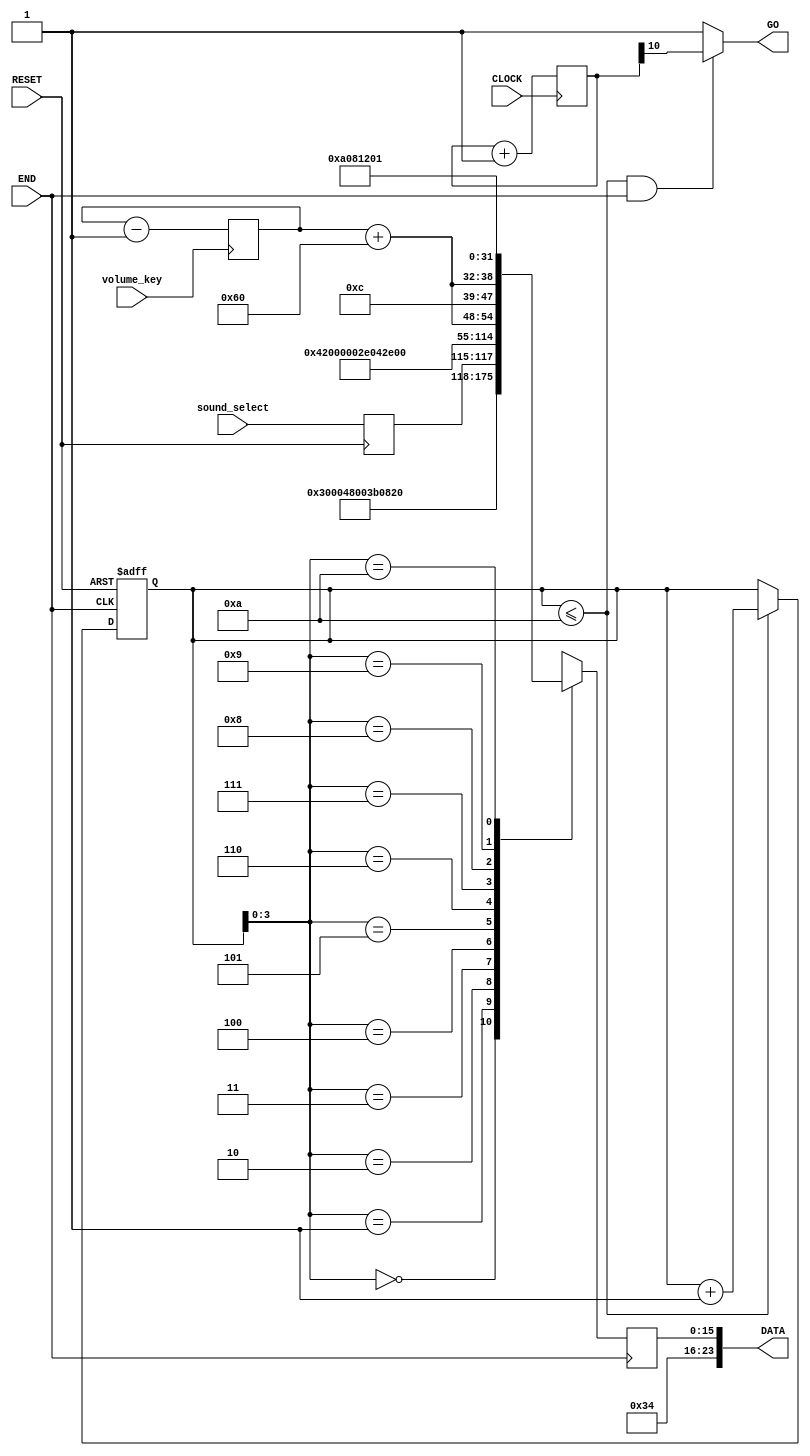
// ============================================================================
// Copyright (c) 2012 by Terasic Technologies Inc.
// ============================================================================
//
// Permission:
//
//   Terasic grants permission to use and modify this code for use
//   in synthesis for all Terasic Development Boards and Altrea Development 
//   Kits made by Terasic.  Other use of this code, including the selling 
//   ,duplication, or modification of any portion is strictly prohibited.
//
// Disclaimer:
//
//   This VHDL or Verilog source code is intended as a design reference
//   which illustrates how these types of functions can be implemented.
//   It is the user's responsibility to verify their design for
//   consistency and functionality through the use of formal
//   verification methods.  Terasic provides no warranty regarding the use 
//   or functionality of this code.
//
// ============================================================================
//           
//  Terasic Technologies Inc
//  9F., No.176, Sec.2, Gongdao 5th Rd, East Dist, Hsinchu City, 30070. Taiwan
//
//
//
//                     web: http://www.terasic.com/
//
// ============================================================================
//
// Major Functions: I2C output data
//
// ============================================================================
//
// Revision History :
// ============================================================================
//   Ver  :| Author             :| Mod. Date :| Changes Made:
//   V1.0 :| Allen Wang         :| 03/24/10  :| Initial Revision
// ============================================================================
`define rom_size 6'd10

module reg_config
(
	input   CLOCK,
	// input CLOCK_500,
	input   END,
	input   RESET,
  input   volume_key,
	input   [2:0]sound_select,
	output wire GO,
	output wire [23:0]DATA
	// CLOCK_2
);

//=======================================================
//  PORT declarations
//=======================================================                


	reg  	[10:0]	COUNTER_500;
	reg  	[15:0]	ROM[`rom_size:0];
	reg  	[15:0]	DATA_A;
	reg  	[5:0]	address;
//
//wire  CLOCK_500=COUNTER_500[9];
//wire  CLOCK_2=COUNTER_500[1];
assign DATA={8'h34,DATA_A};	
assign  GO =((address <= `rom_size) && (END==1))? COUNTER_500[10]:1;
//=============================================================================
// Structural coding
//=============================================================================

always @(negedge RESET or posedge END) 
	begin
		if (!RESET)
			begin
				address=0;
			end
		else if (address <= `rom_size)
				begin
					address=address+1;
				end
	end

reg [4:0] vol;
wire [6:0] volume;
always @(posedge volume_key) 
	begin
		vol=vol-1;
	end
assign volume = vol+96;

reg [2:0] sound_selector;
always @(posedge RESET)
begin
	sound_selector <= sound_select;
end

always @(posedge END) 
	begin
	//	ROM[0] = 16'h1e00;
		ROM[0] = 16'h0c00;	    			 //power down
		ROM[1] = 16'h1200;
		ROM[2] = 16'h0ec2;	   		    	//master, invert Bclk,16bit, I2Sformat, MSB-F left 1 justified
		//ROM[3] = 16'h0838;	    			 //sound select
		ROM[3] = {8'h08, 2'b00, sound_selector[2:0], 3'b010};
	
		ROM[4] = 16'h1000;					 //sampling ctrl, 48kHz, 48Khz,
		// ROM[4] = {8'h10,8'b00000100};						//sampling ctrl, 48kHz, 8Khz,
		ROM[5] = 16'h0017;					 ////left line in
		ROM[6] = 16'h0217;					 //right line in
		ROM[7] = {8'h04,1'b0,volume[6:0]};		 //
		ROM[8] = {8'h06,1'b0,volume[6:0]};	     //sound vol
	
		//ROM[4]= 16'h1e00;		             //reset	
		ROM[9] = {8'h0A, 8'b00001000}; //digital audio path ctrl, default value
		// ROM[9] = {8'h0A, 8'b00000000}; //digital audio path ctrl, de-mute DAC
		//ROM[9] = {8'h0A, 8'b00001100}; //digital audio path ctrl, de-emp = 44.1Khz
		ROM[`rom_size]= 16'h1201;            //active
		DATA_A=ROM[address];
	end

always @(posedge CLOCK ) 
	begin
		COUNTER_500=COUNTER_500+1;
	end

endmodule